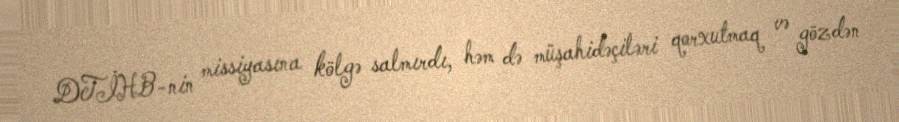
DTİHB-nin missiyasına kölgə salmırdı, həm də müşahidəçiləri qorxutmaq və gözdən